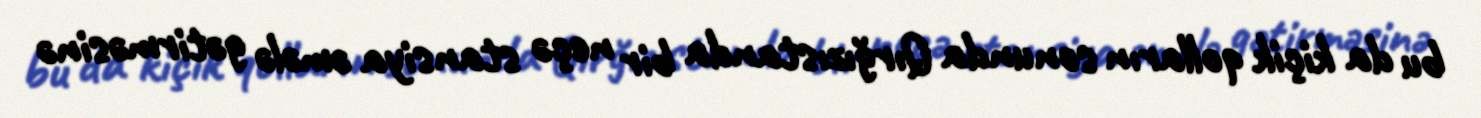
bu da kiçik qolların sonunda Qırğızıstanda bir neçə stansiya əmələ gətirməsinə